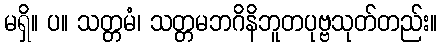
မရှိ။ ပ။ သတ္တမံ၊ သတ္တမဘဂိနိဘူတပုဗ္ဗသုတ်တည်း။